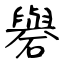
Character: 礜